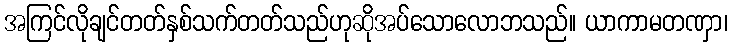
အကြင်လိုချင်တတ်နှစ်သက်တတ်သည်ဟုဆိုအပ်သောလောဘသည်။ ယာကာမတဏှာ၊